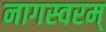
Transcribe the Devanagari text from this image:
नागस्वरम्‌